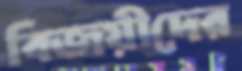
বিজয়ীদের